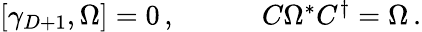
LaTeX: \begin{array}{cc}{{[\gamma_{D+1},\Omega]=0\, ,~~~~}}&{{~~~~C\Omega^{\ast}C^{\dagger}=\Omega\, .}}\end{array}